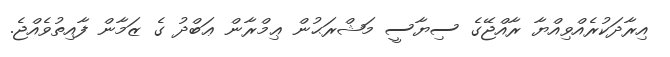
އިރާދަކުރެއްވިއްޔާ ރާއްޖޭގެ ސިޔާސީ މަޝްރަޙުން ޢިމްރާން ޢަބްދު ގެ ޒަމާން ފާއިތުވެއްޖެ.